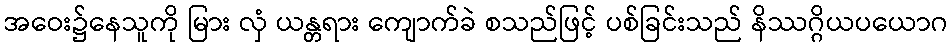
အဝေး၌နေသူကို မြား လှံ ယန္တရား ကျောက်ခဲ စသည်ဖြင့် ပစ်ခြင်းသည် နိဿဂ္ဂိယပယောဂ